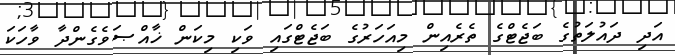
އަދި ދައުލަތުގެ ބަޖެޓްގެ ތެރެއިން މިއަހަރުގެ ބަޖެޓްގައި ވަކި މިކަން ޚާއްޞަވެގެންދާ ވާހަކަ